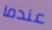
عندما